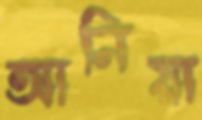
আনিয়া